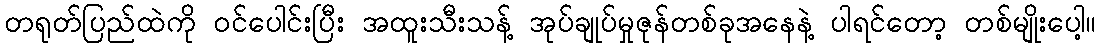
တရုတ်ပြည်ထဲကို ဝင်ပေါင်းပြီး အထူးသီးသန့် အုပ်ချုပ်မှုဇုန်တစ်ခုအနေနဲ့ ပါရင်တော့ တစ်မျိုးပေါ့။